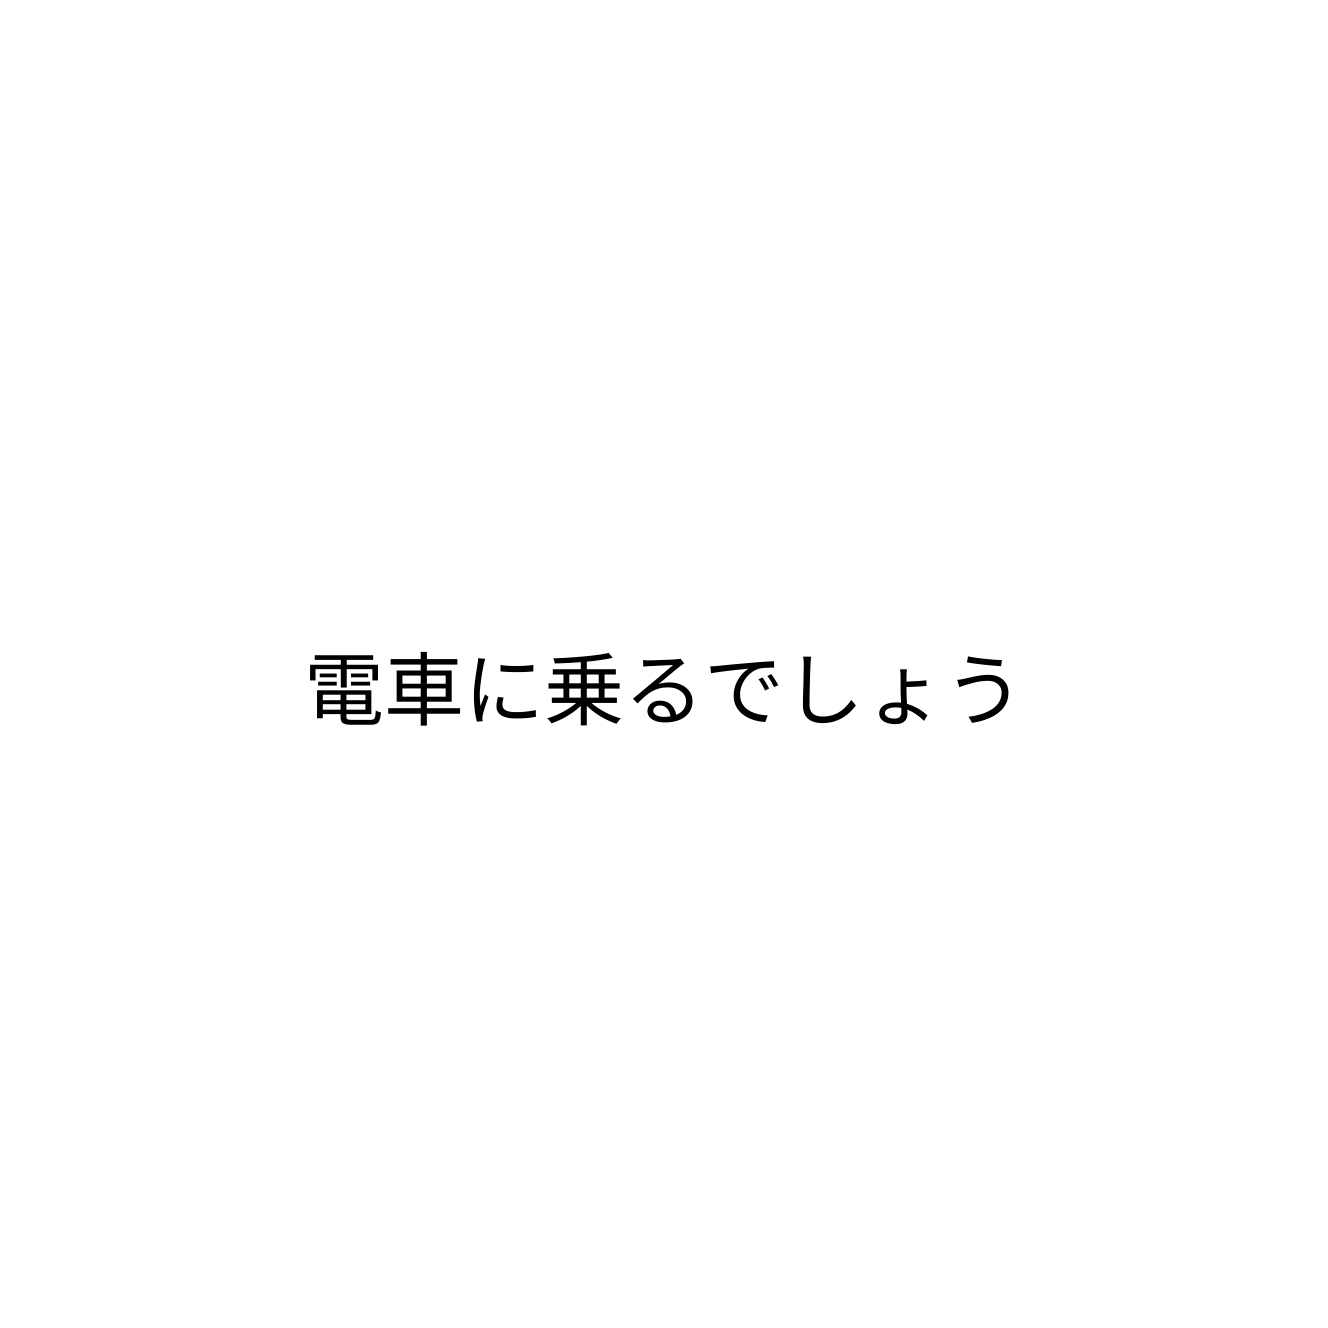
電車に乗るでしょう